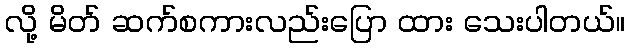
လို့ မိတ် ဆက်စကားလည်းပြော ထား သေးပါတယ်။